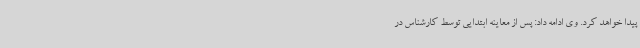
پیدا خواهد کرد. وی ادامه داد: پس از معاینه ابتدایی توسط کارشناس در